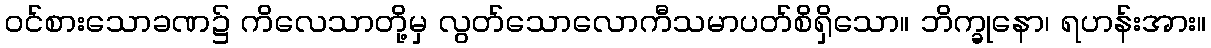
ဝင်စားသောခဏ၌ ကိလေသာတို့မှ လွတ်သောလောကီသမာပတ်စိရှိသော။ ဘိက္ခုနော၊ ရဟန်းအား။